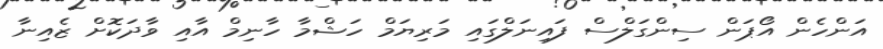
އަންހެން އޯޕަން ސިންގަލްސް ފައިނަލްގައި މަރިޔަމް ހަޝްމާ ހާނިމް އާއި ވާދަކޮށް ޒެއިނާ